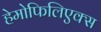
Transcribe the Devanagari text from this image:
हेमोफिलिएक्स